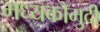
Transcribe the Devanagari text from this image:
मध्यकौमुदी